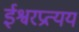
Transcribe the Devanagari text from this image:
ईश्वरप्रत्यय